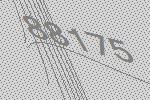
88175